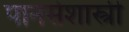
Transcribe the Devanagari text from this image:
पानसेशास्त्री